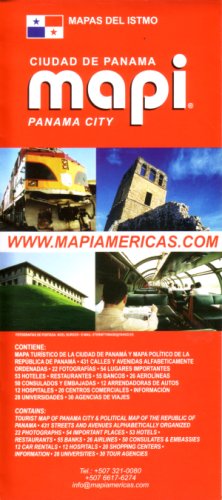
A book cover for Panama City Map/Guide by Mapi Panama (English and Spanish Edition); Mapi Panama; Travel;